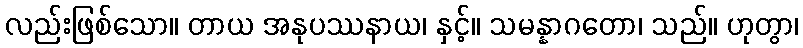
လည်းဖြစ်သော။ တာယ အနုပဿနာယ၊ နှင့်။ သမန္နာဂတော၊ သည်။ ဟုတွာ၊